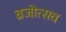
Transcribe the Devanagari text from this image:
ब्रजोत्सव